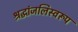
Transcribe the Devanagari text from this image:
श्रद्धांजलिस्वरूप